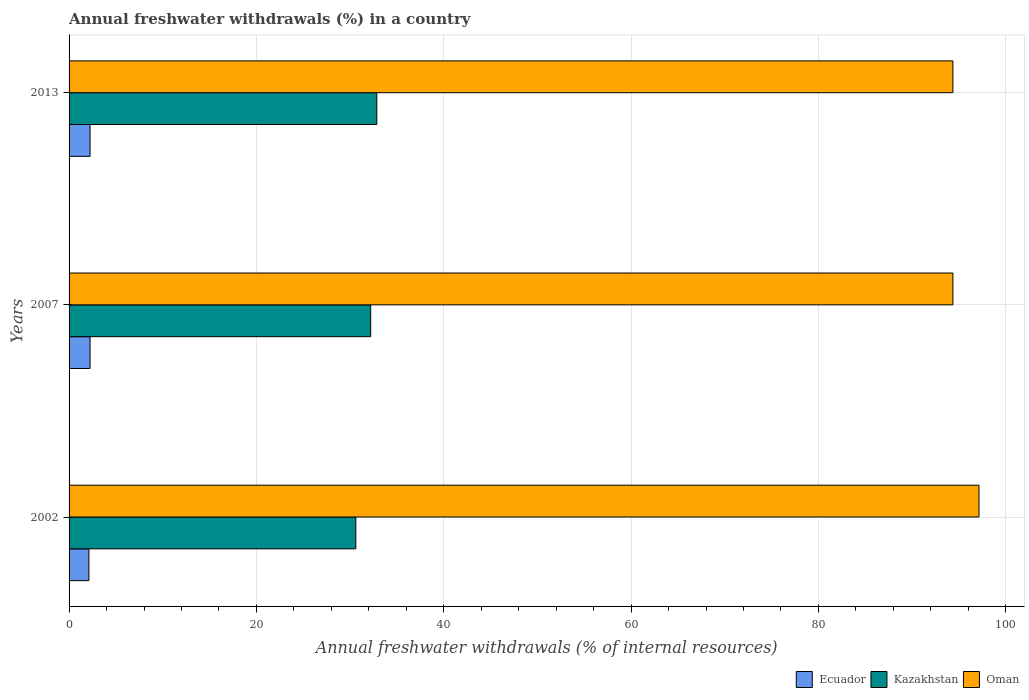
| Years | Ecuador | Kazakhstan | Oman |
 | --- | --- | --- | --- |
 | 2002 | 2.12 | 30.6 | 97.1 |
 | 2007 | 2.24 | 32.2 | 94.4 |
 | 2013 | 2.24 | 32.9 | 94.4 |